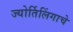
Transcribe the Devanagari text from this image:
ज्‍योर्तिलिंगाचे